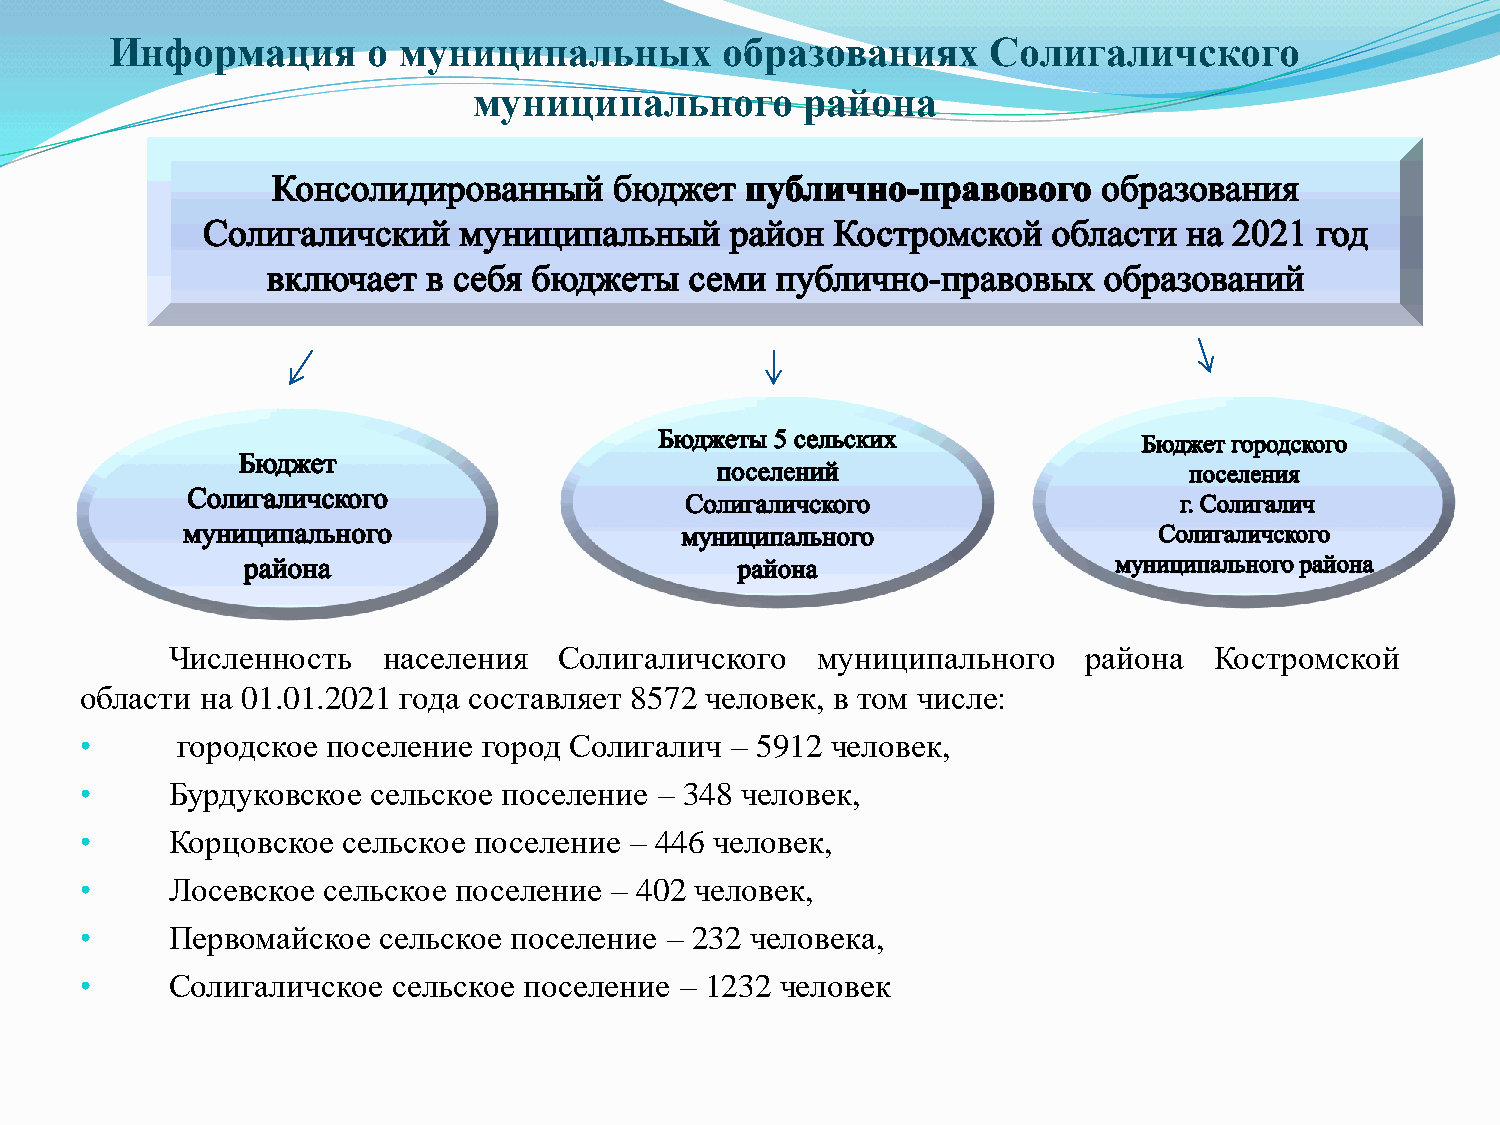
Информация       о муниципальных         образованиях     Солигаличского
 муниципального        района
 Численность   населения   Солигаличского   муниципального    района  Костромской
 области на 01.01.2021 года составляет 8572 человек, в том числе:
 •      городское поселение город Солигалич – 5912 человек,
 •     Бурдуковское сельское поселение  – 348 человек,
 •     Корцовское  сельское поселение – 446 человек,
 •     Лосевское сельское поселение – 402 человек,
 •     Первомайское  сельское поселение – 232 человека,
 •     Солигаличское  сельское поселение – 1232 человек